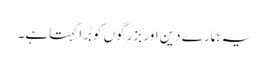
یہ ہمارے دین اور بزرگوں کو بُرا کہتاہے۔